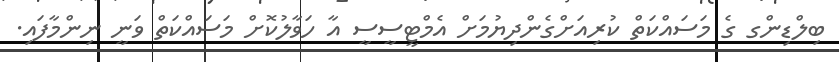
ބިލްޑިންގ ގެ މަސައްކަތް ކުރިއަށްގެންދިޔުމަށް އެމްޓީސީސީ އާ ހަވާލުކޮށް މަސައްކަތް ވަނީ ނިންމާފައި.